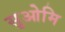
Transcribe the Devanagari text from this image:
सुओमि